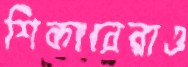
শিকারেরাও